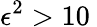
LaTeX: \epsilon^{2}>10\